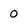
Character: 0